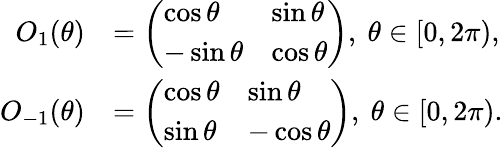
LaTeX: \begin{array}{rl}{O_{1}(\theta)}&{=\left(\begin{array}{ll}{\cos\theta}&{\sin\theta}\\ {-\sin\theta}&{\cos\theta}\end{array}\right),\ \theta\in[0,2\pi),}\\ {O_{-1}(\theta)}&{=\left(\begin{array}{ll}{\cos\theta}&{\sin\theta}\\ {\sin\theta}&{-\cos\theta}\end{array}\right),\ \theta\in[0,2\pi).}\end{array}